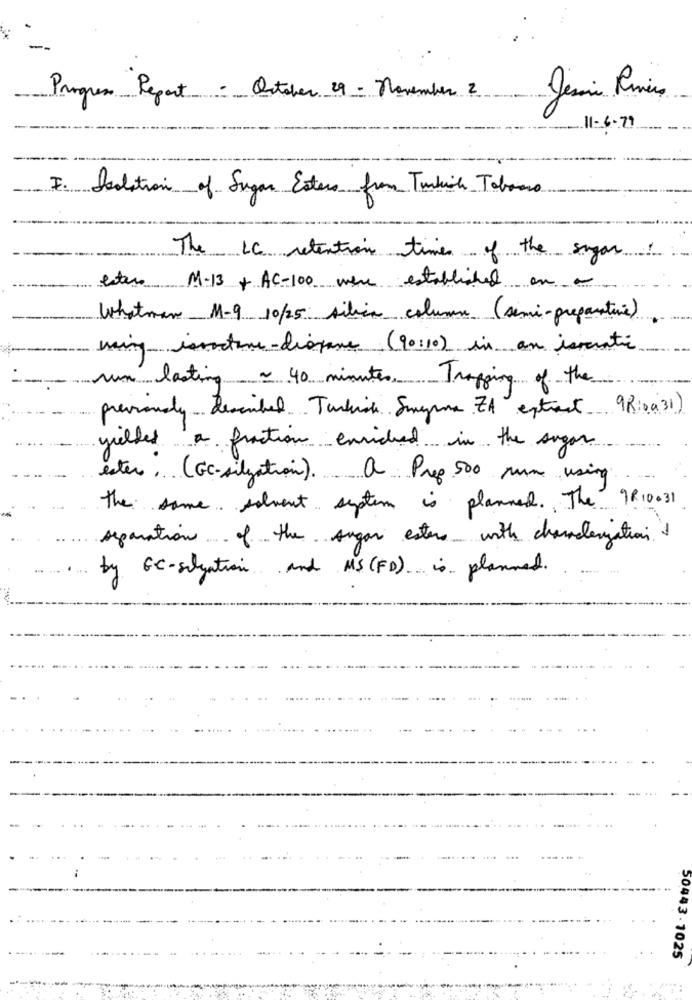
Progress Report - October 29 - November 2
11-6-79
Deolation of Sugar Esters from Turkish Tobacco
The 1C retention times of the sugar.
estar M-13 + AC-100 were established on -
Whatman M1-9 10/25 silica column (semi-preparative)
ming issocture-distance (90:10) in an ismcratic
run lasting ~ 40 minutes, Trapping of the
previously described Turkish Sugare ZA extract 98:0031)
yielded a fraction enriched in the sugar
ester, (Gc-silgation). a Prep 500 num using
The same solvent system is planned. The 9R10031
separation of the sugar esters with characterization +
by EC-situation and US (FD) .. is planned.
--
50443 . 1025